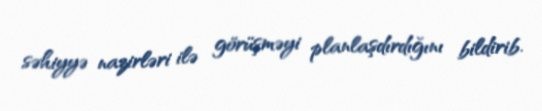
səhiyyə nazirləri ilə görüşməyi planlaşdırdığını bildirib.